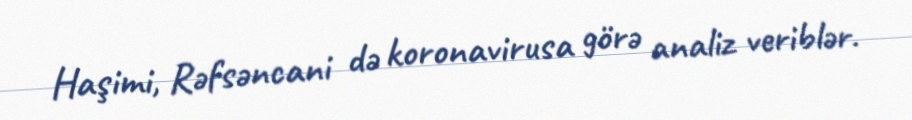
Haşimi, Rəfsəncani də koronavirusa görə analiz veriblər.